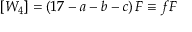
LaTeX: [ W _ { 4 } ] = \left( 1 7 - a - b - c \right) F \equiv f F